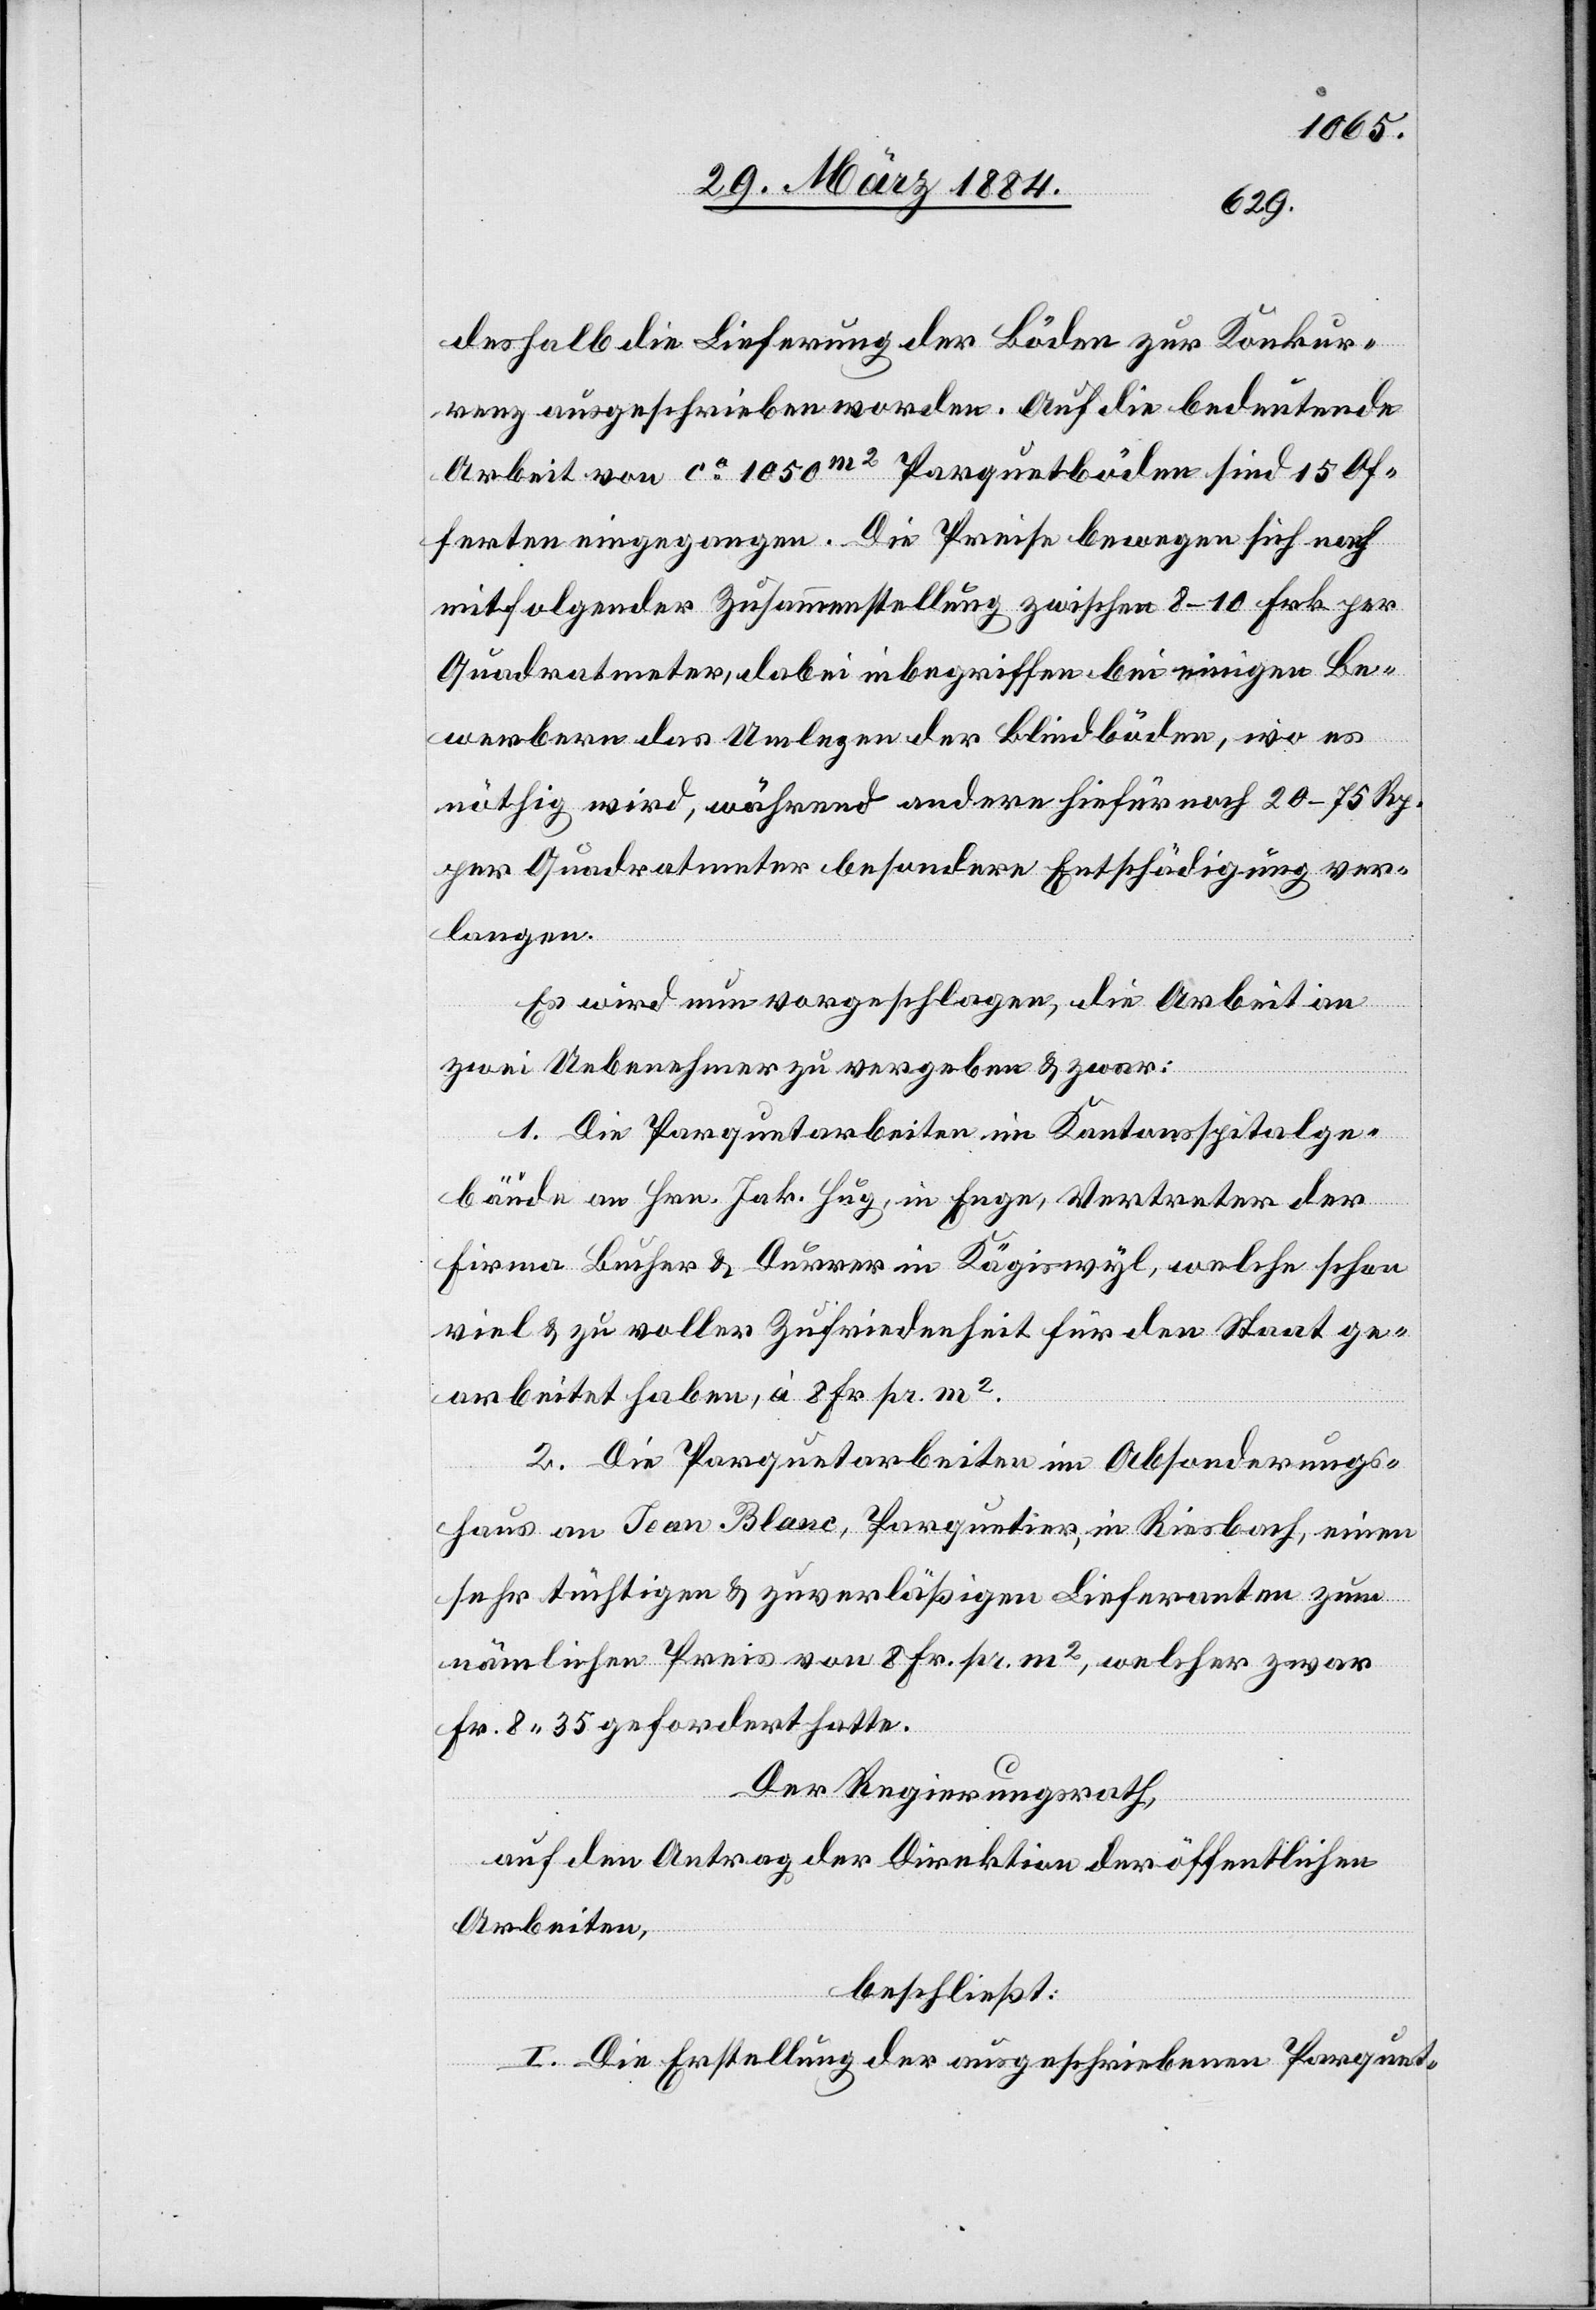
deshalb die Lieferung der Böden zur Konkur¬
renz ausgeschrieben worden. Auf die bedeutende
Arbeit von ca 1050m2 Parquetböden sind 15 Of¬
ferten eingegangen. Die Preise bewegen sich nach
mitfolgender Zusammenstellung zwischen 8–10 Frk. per
Quadratmeter, dabei inbegriffen bei einigen Be¬
werbern das Umlegen der Blindböden, wo es
nöthig wird, während andere hiefür noch 20–75 Rp.
per Quadratmeter besondere Entschädigung ver¬
langen.
Es wird nun vorgeschlagen, die Arbeit an
zwei Uebernehmer zu vergeben & zwar:
1. Die Parquetarbeiten im Kantonsspitalge¬
bäude an Hrn. Jak. Hug, in Enge, Vertreter der
Firma Bucher & Durrer in Kägiswyl, welche schon
viel & zu voller Zufriedenheit für den Staat ge¬
arbeitet haben, à 8 Fr. per m2.
2. Die Parquetarbeiten im Absonderungs¬
haus an Jean Blanc, Parquetier, in Riesbach, einen
sehr tüchtigen & zuverläßigen Lieferanten zum
nämlichen Preis von 8 Fr. pr. m2, welcher zwar
Fr. 8 35 gefordert hatte.
Der Regierungsrath,
auf den Antrag der Direktion der öffentlichen
Arbeiten,
beschließt:
I. Die Erstellung der ausgeschriebenen Parquet-